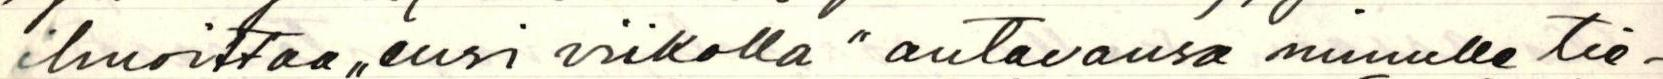
ilmoittaa ,,ensi viikolla " antavansa minulle tie-